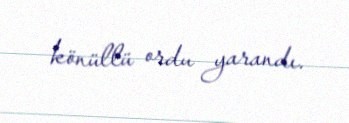
könüllü ordu yarandı.